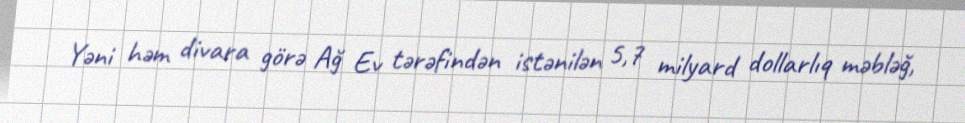
Yəni həm divara görə Ağ Ev tərəfindən istənilən 5,7 milyard dollarlıq məbləğ,